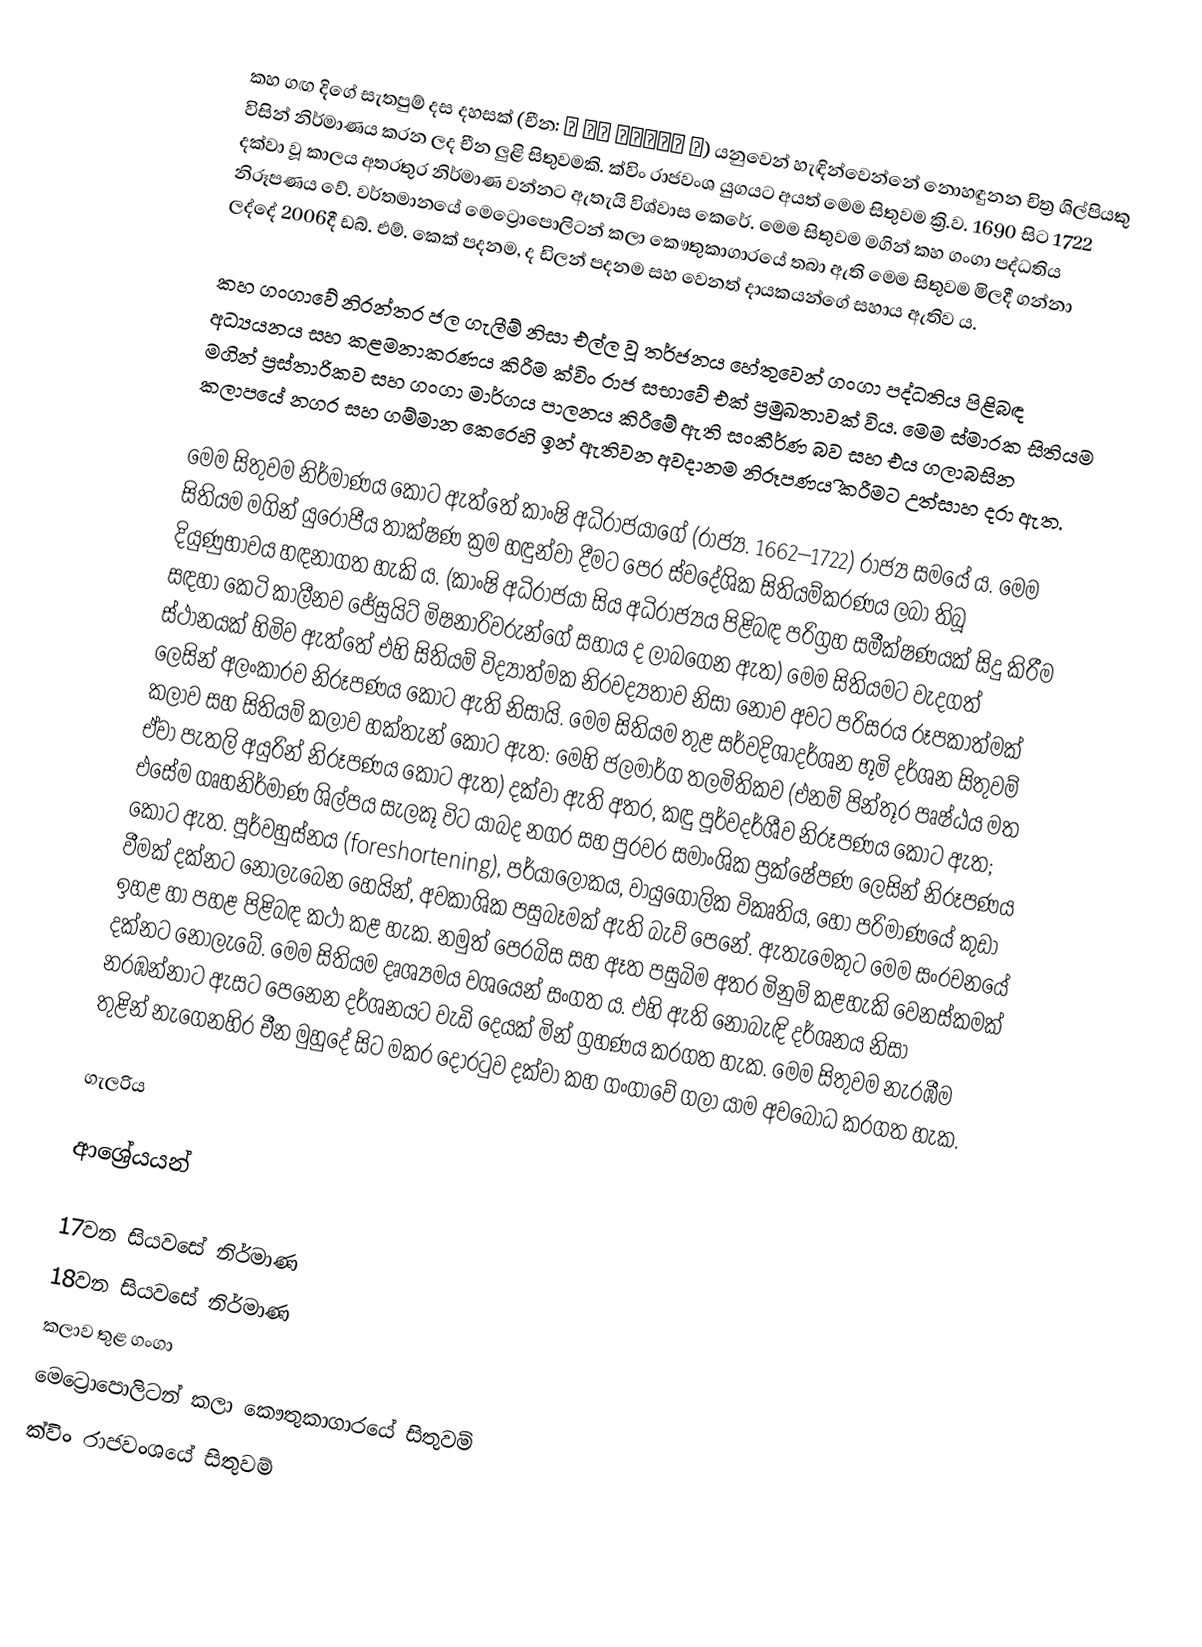
කහ ගඟ දිගේ සැතපුම් දස දහසක් (චීන: 清 佚名 黃河萬里圖 卷) යනුවෙන් හැඳින්වෙන්නේ නොහඳුනන චිත්‍ර ශිල්පියකු විසින් නිර්මාණය කරන ලද චීන ලුළි සිතුවමකි. ක්විං රාජවංශ යුගයට අයත් මෙම සිතුවම ක්‍රි.ව. 1690 සිට 1722 දක්වා වූ කාලය අතරතුර නිර්මාණ වන්නට ඇතැයි විශ්වාස කෙරේ. මෙම සිතුවම මගින් කහ ගංගා පද්ධතිය නිරූපණය වේ. වර්තමානයේ මෙට්‍රොපොලිටන් කලා කෞතුකාගාරයේ තබා ඇති මෙම සිතුවම මිලදී ගන්නා ලද්දේ 2006දී ඩබ්. එම්. කෙක් පදනම, ද ඩිලන් පදනම සහ වෙනත් දායකයන්ගේ සහාය ඇතිව ය.

කහ ගංගාවේ නිරන්තර ජල ගැලීම් නිසා එල්ල වූ තර්ජනය හේතුවෙන් ගංගා පද්ධතිය පිළිබඳ අධ්‍යයනය සහ කළමනාකරණය කිරීම ක්විං රාජ සභාවේ එක් ප්‍රමුඛතාවක් විය. මෙම ස්මාරක සිතියම මගින් ප්‍රස්තාරිකව සහ ගංගා මාර්ගය පාලනය කිරීමේ ඇති සංකීර්ණ බව සහ එය ගලාබසින කලාපයේ නගර සහ ගම්මාන කෙරෙහි ඉන් ඇතිවන අවදානම නිරූපණය ිකරීමට උත්සාහ දරා ඇත.

මෙම සිතුවම නිර්මාණය කොට ඇත්තේ කාංෂි අධිරාජයාගේ (රාජ්‍ය. 1662–1722) රාජ්‍ය සමයේ ය. මෙම සිතියම මගින් යුරෝපීය තාක්ෂණ ක්‍රම හඳුන්වා දීමට පෙර ස්වදේශික සිතියම්කරණය ලබා තිබූ දියුණුභාවය හඳනාගත හැකි ය. (කාංෂි අධිරාජයා සිය අධිරාජ්‍යය පිළිබඳ පරිග්‍රහ සමීක්ෂණයක් සිදු කිරීම සඳහා කෙටි කාලීනව ජේසුයිට් මිෂනාරිවරුන්ගේ සහාය ද ලාබගෙන ඇත) මෙම සිතියමට වැදගත් ස්ථානයක් හිමිව ඇත්තේ එහි සිතියම් විද්‍යාත්මක නිරවද්‍යතාව නිසා නොව අවට පරිසරය රූපකාත්මක් ලෙසින් අලංකාරව නිරූපණය කොට ඇති නිසායි. මෙම සිතියම තුළ සර්වදිශාදර්ශන භූමි දර්ශන සිතුවම් කලාව සහ සිතියම් කලාව හක්තැන් කොට ඇත: මෙහි ජලමාර්ග තලමිතිකව (එනම් පින්තූර පෘෂ්ඨය මත ඒවා පැතලි අයුරින් නිරූපණය කොට ඇත) දක්වා ඇති අතර, කඳු පූර්වදර්ශීව නිරූපණය කොට ඇත; එසේම ගෘහනිර්මාණ ශිල්පය සැලකූ විට යාබද නගර සහ පුරවර සමාංශික ප්‍රක්ෂේපණ ලෙසින් නිරූපණය කොට ඇත. පූර්වහුස්නය (foreshortening), පර්යාලෝකය, වායුගෝලික විකෘතිය, හෝ පරිමාණයේ කුඩා වීමක් දක්නට නොලැබෙන හෙයින්, අවකාශික පසුබෑමක් ඇති බැව් පෙනේ. ඇතැමෙකුට මෙම සංරචනයේ ඉහළ හා පහළ පිළිබඳ කථා කළ හැක. නමුත් පෙරබිස සහ ඈත පසුබිම අතර මිනුම් කළහැකි වෙනස්කමක් දක්නට නොලැබේ. මෙම සිතියම දෘශ්‍යමය වශයෙන් සංගත ය. එහි ඇති නොබැඳි දර්ශනය නිසා නරඹන්නාට ඇසට පෙනෙන දර්ශනයට වැඩි දෙයක් මින් ග්‍රහණය කරගත හැක. මෙම සිතුවම නැරඹීම තුළින් නැගෙනහිර චීන මුහුදේ සිට මකර දොරටුව දක්වා කහ ගංගාවේ ගලා යාම අවබෝධ කරගත හැක.

ගැලරිය

ආශ්‍රේයයන්

17වන සියවසේ නිර්මාණ
18වන සියවසේ නිර්මාණ
කලාව තුළ ගංගා
මෙට්‍රොපොලිටන් කලා කෞතුකාගාරයේ සිතුවම්
ක්විං රාජවංශයේ සිතුවම්